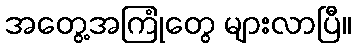
အတွေ့အကြုံတွေ များလာပြီ။